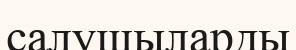
салушыларды